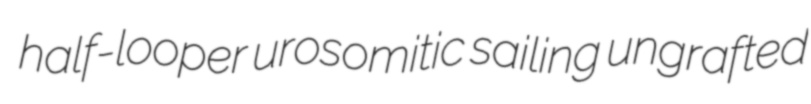
half-looper urosomitic sailing ungrafted